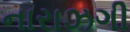
નારાઝગી